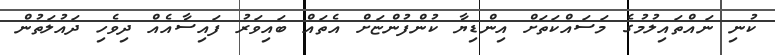
ކުނި ނައްތައިލުމުގެ މަސައްކަތަށް އިންޑިޔާ ކުންފުންޏަށް އެތައް ބައިވަރު ފައިސާއެއް ދިވެހި ދައުލަތުން